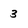
Character: 3